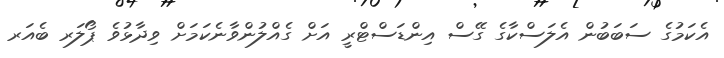
އެކަމުގެ ސަބަބުން އެލަސްކާގެ ގޭސް އިންޑަސްޓްރީ އަށް ގެއްލުންވާނެކަމަށް ވިދާޅުވެ ޕޯލަރ ބެއަރ